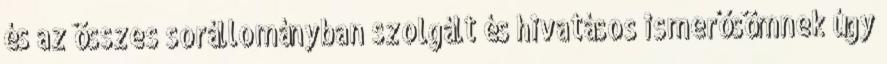
és az összes sorállományban szolgált és hivatásos ismerősömnek úgy